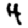
Digit: 4